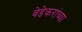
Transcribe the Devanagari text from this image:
बेडेकरांच्या